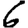
Digit: 6